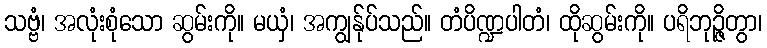
သဗ္ဗံ၊ အလုံးစုံသော ဆွမ်းကို။ မယှံ၊ အကျွန်ုပ်သည်။ တံပိဏ္ဍပါတံ၊ ထိုဆွမ်းကို။ ပရိဘုဉ္ဇိတွာ၊